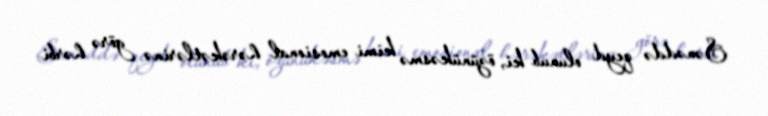
Sənəddə qeyd olunub ki, özünükəsmə kimi emosional hərəkətlərinə görə hərbi